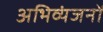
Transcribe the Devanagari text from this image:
अभिव्यंजनों